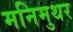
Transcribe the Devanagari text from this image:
मनिमुथर